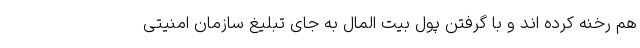
هم رخنه کرده اند و با گرفتن پول بیت المال به جای تبلیغ سازمان امنیتی